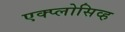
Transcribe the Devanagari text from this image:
एक्प्लोसिव्ह